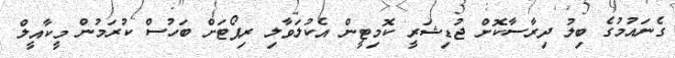
ގެނައުމުގެ ބިލު ދިރާސާކޮށް ޖުޑިޝަރީ ކޮމިޓީން އެކުލަވާލި ރިޕޯޓަށް ބަހުސް ކުރަމުން މީކާއީލް